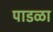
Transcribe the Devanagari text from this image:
पाडळा